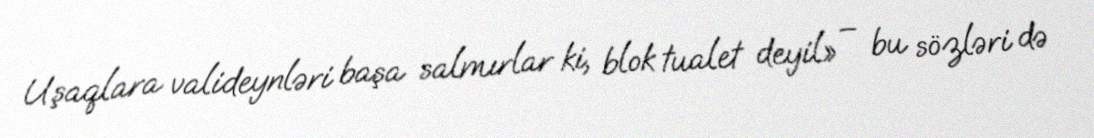
Uşaqlara valideynləri başa salmırlar ki, blok tualet deyil» – bu sözləri də